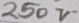
Text: 250V